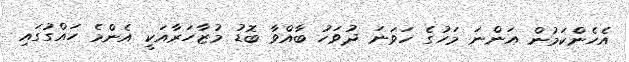
އެހެންކަމުން އަންނަ މަހުގެ ހަވަނަ ދުވަހު ބާއްވާ ބޮޑު މުޒާހަރާއަކީ އެންމެ ހައްގުގައި